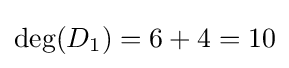
\deg(D_{1})=6+4=10